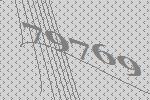
79769